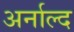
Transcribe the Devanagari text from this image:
अर्नाल्द